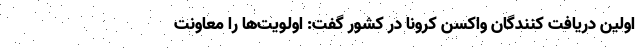
اولین دریافت کنندگان واکسن کرونا در کشور گفت: اولویت‌ها را معاونت